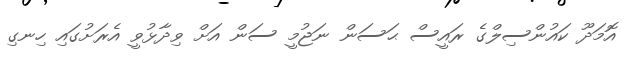
އޮމަދޫ ކައުންސިލްގެ ރައީސް ޙަސަން ނަޖުމީ ސަން އަށް ވިދާޅުވީ އެރަށުގައި ހިނގި